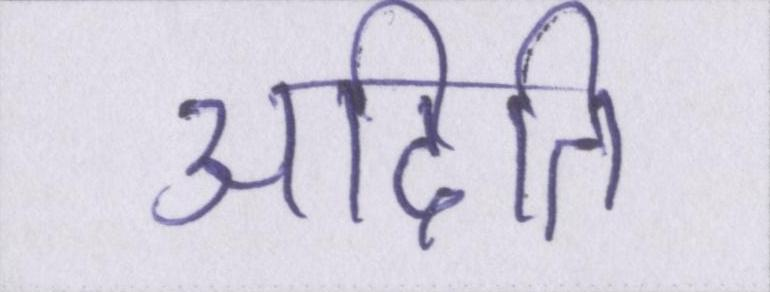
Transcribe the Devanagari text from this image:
अदिति